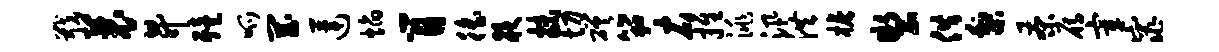
戢曩升殪呱罔莲焰肖徭夜抹切磋笳右推洮汛洪檐制供梨茶雁宰窕